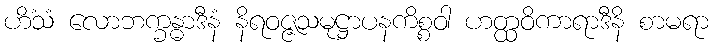
ဟိံသံ လောဘက္ခန္ဓာဒီနံ နိရဝဇ္ဇသမုဋ္ဌာပနကိစ္စဝါ ဟတ္ထဝိကာရာဒီနိ စာမရာ